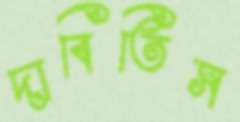
দাবিতিস